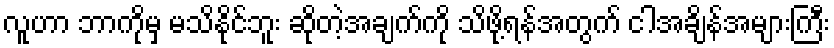
လူဟာ ဘာကိုမှ မသိနိုင်ဘူး ဆိုတဲ့အချက်ကို သိဖို့ရန်အတွက် ငါအချိန်အများကြီး